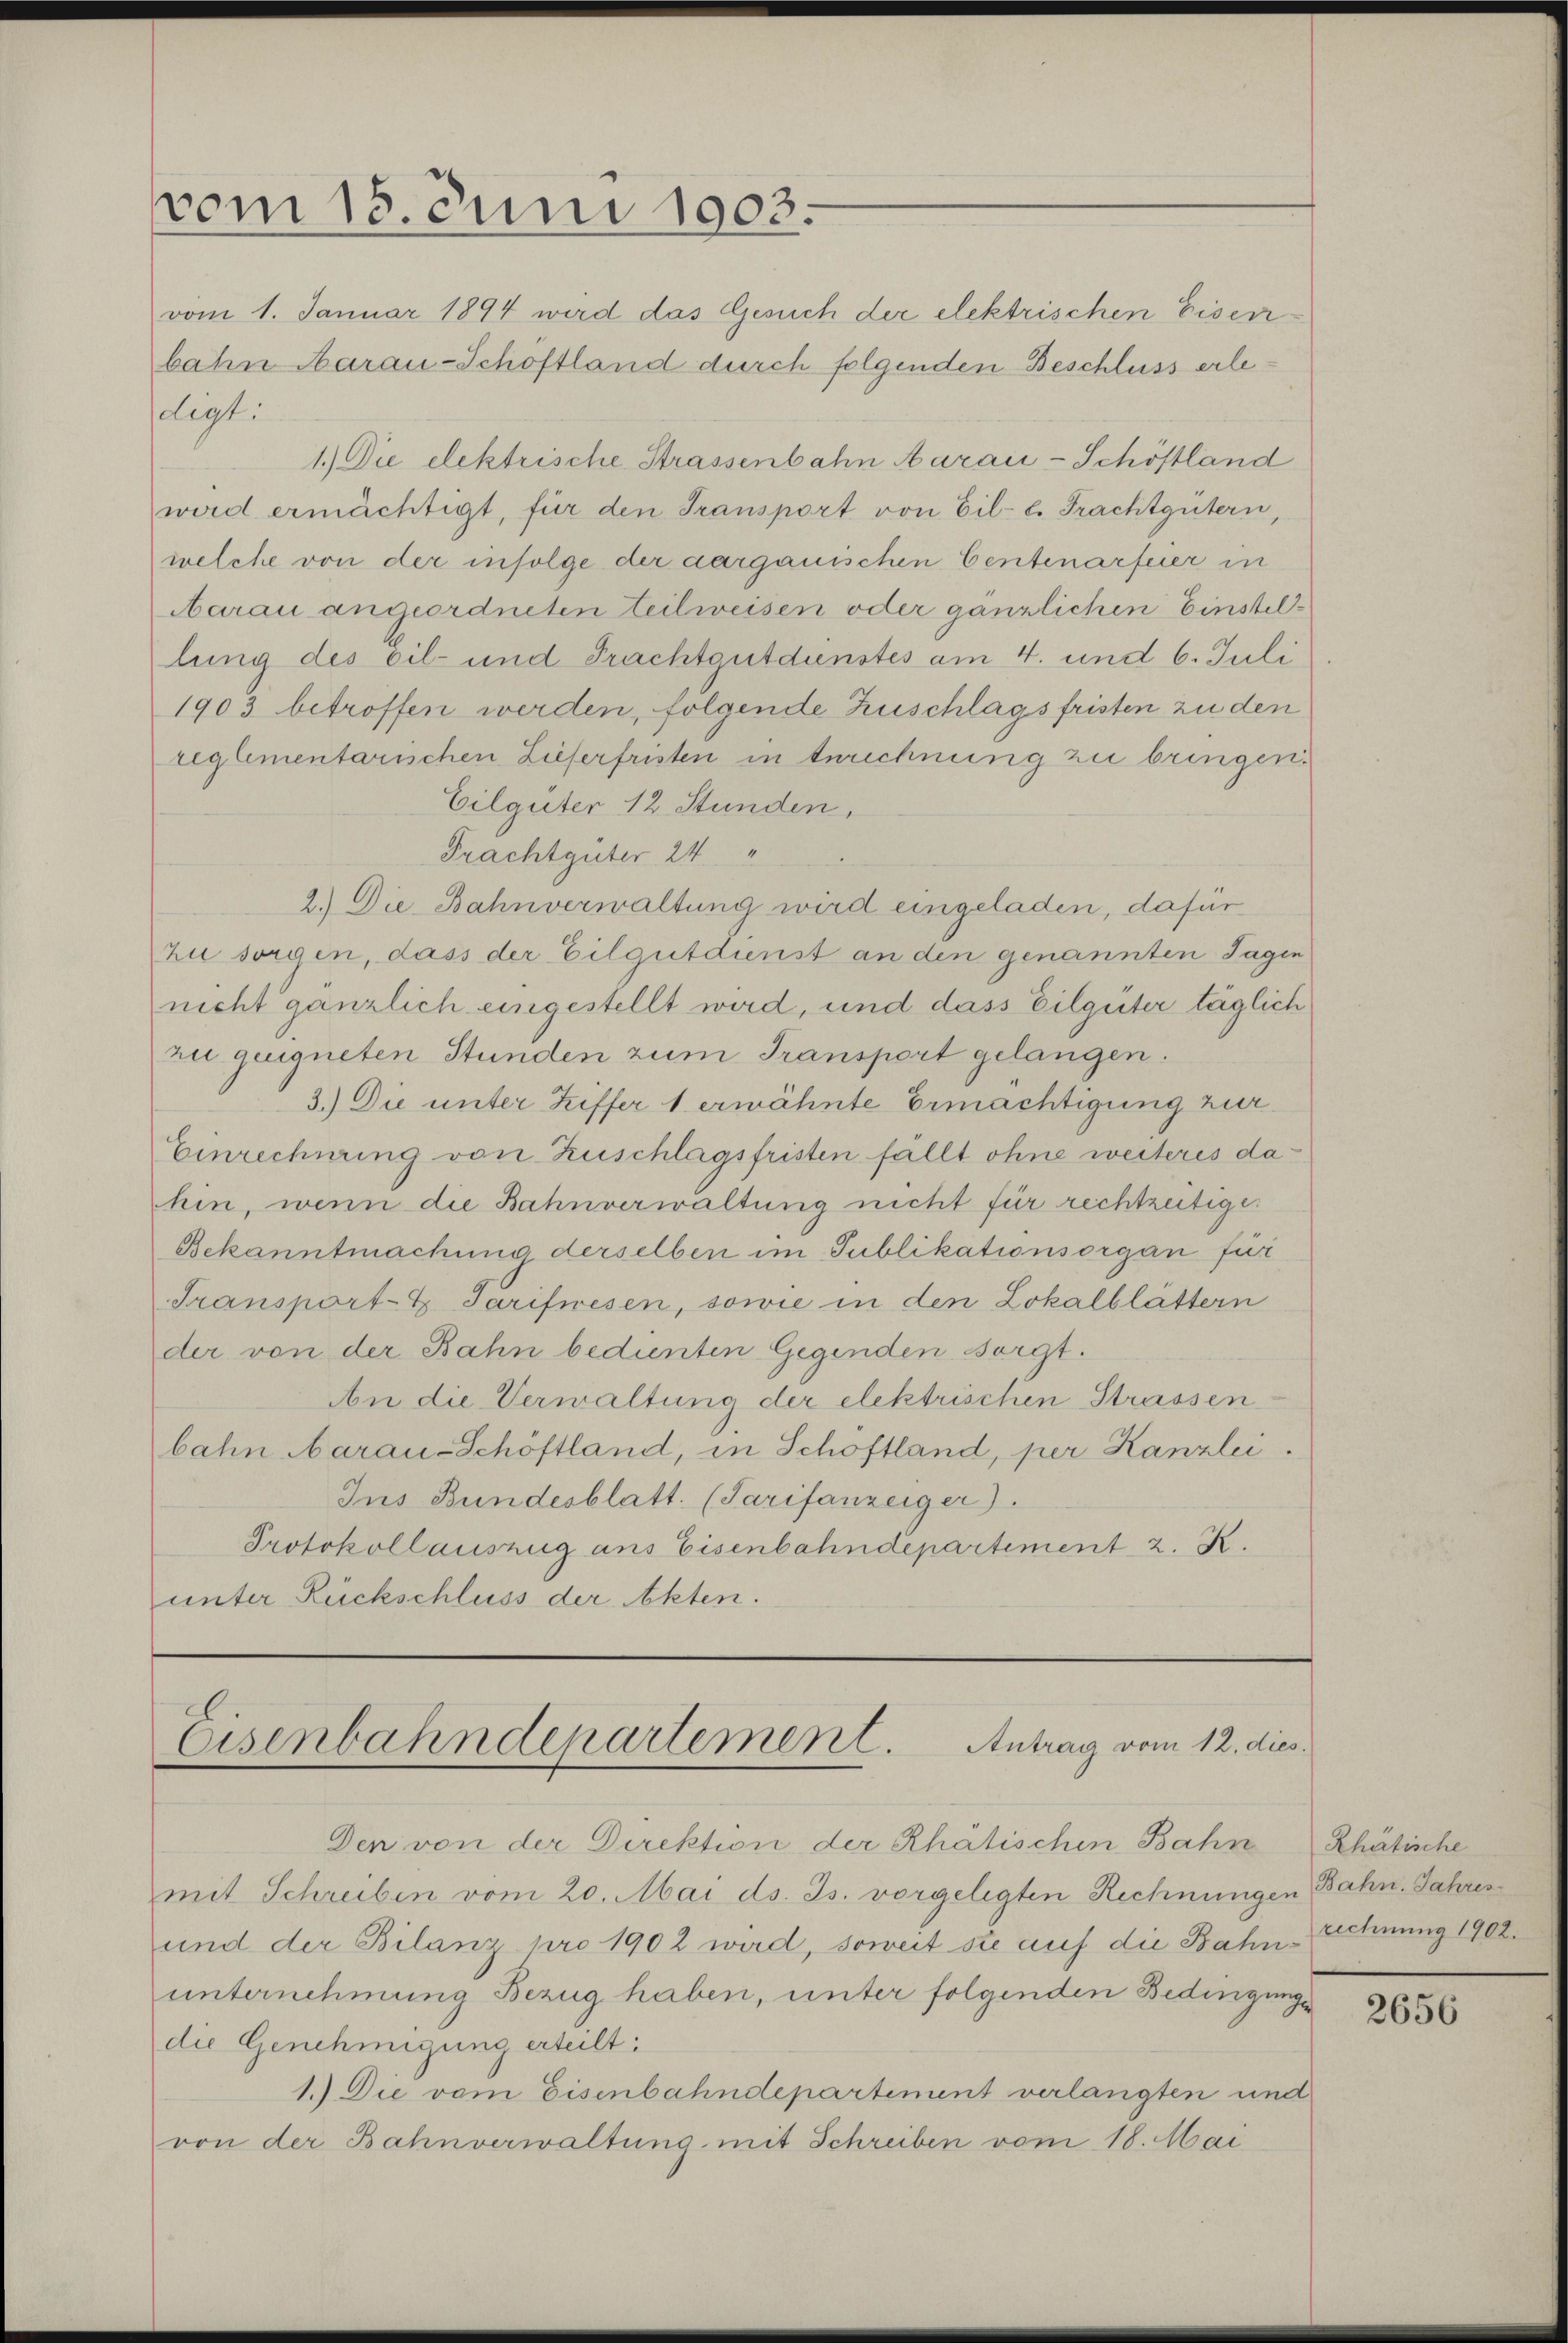
vom 15. Juni 1903.

vom 1. Januar 1894 wird das Gesuch der elektrischen Eisen-
bahn Aarau-Schöftland durch folgenden Beschluss erledigt.
1.) Die elektrische Strassenbahn Aarai-Schöstland
wird ermächtigt, für den Transport von Bil- l. Frachtgütern,
welche von der infolge der aargauischen Centenarfeier in
Aarau angeordneten Teilweisen oder gänzlichen Einstellung des bil- und Frachtgutdienstes am 4. und 6. Juli
1903 betroffen werden, folgende Zuschlagsfristen zu den
reglementarischen Lieferfristen in Berechnung zu bringen.
Eilgüter 12 Stunden,
Frachtguter 24 "
2.) Die Bahnverwaltung wird eingeladen, dafür
zu sorgen, dass der Eilgutdienst an den genannten Tagen
nicht gänzlich eingestellt wird, und dass Eilgüter täglich
zu guigneten Stunden zum Transport gelangen.
3.) Die unter Ziffer 1 erwähnte Ermächtigung zur
Einrechnung von Zuschlagsfristen fällt ohne weiteres dahin, wenn die Bahnverwaltung nicht für rechtzeitiger
Bekanntmachung derselben im Publikationsorgan für
Transport- & Tarifwesen, sowie in den Lokalblättern
der von der Bahn bedunten Gegenden sorgt.
An die Verwaltung der elektrischen Strassen
bahn Aarau-Schöftland, in Schöftland, per Kanzlei
Ins Bundesblatt. (Tarifanzeiger).
Protokollauszug aus Eisenbahndepartement 2. K.
unter Rückschluss der Akten.

Eisenbahndepartement. Antrag vom 12. dies

Den von der Direktion der Rhätischen Bahn Rhätische
mit Schreiben vom 20. Mai ds. Js. vorgelegten Rechnungen Bahn. Jahres
und der Bilanzpro 1902 wird, soweit sie auf die Bahn-Rechnung 1902.
unternehmung Bezug haben, unter folgenden Bedingunge
die Genehmigung erteilt:
1.) Die vom Eisenbahndepartement verlangten und
von der Bahnverwaltung mit Schreiben vom 18. Mai

2656